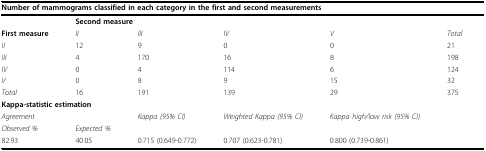
<table><thead><tr><td colspan="6"><b>Number of mammograms classified in each category in the first and second measurements</b></td></tr></thead><tbody><tr><td></td><td colspan="5"><b>Second measure</b></td></tr><tr><td><b>First measure</b></td><td><i>II</i></td><td><i>III</i></td><td><i>IV</i></td><td><i>V</i></td><td><i>Total</i></td></tr><tr><td><i>II</i></td><td>12</td><td>9</td><td>0</td><td>0</td><td>21</td></tr><tr><td><i>III</i></td><td>4</td><td>170</td><td>16</td><td>8</td><td>198</td></tr><tr><td><i>IV</i></td><td>0</td><td>4</td><td>114</td><td>6</td><td>124</td></tr><tr><td><i>V</i></td><td>0</td><td>8</td><td>9</td><td>15</td><td>32</td></tr><tr><td><i>Total</i></td><td>16</td><td>191</td><td>139</td><td>29</td><td>375</td></tr><tr><td colspan="6"><b>Kappa-statistic estimation</b></td></tr><tr><td colspan="2"><i>Agreement</i></td><td><i>Kappa (95% CI)</i></td><td><i>Weighted Kappa (95% CI)</i></td><td><i>Kappa high/low risk (95% CI)</i></td><td></td></tr><tr><td><i>Observed %</i></td><td><i>Expected %</i></td><td></td><td></td><td></td><td></td></tr><tr><td>82.93</td><td>40.05</td><td>0.715 (0.649-0.772)</td><td>0.707 (0.623-0.781)</td><td>0.800 (0.739-0.861)</td><td></td></tr></tbody></table>